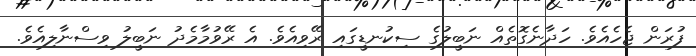
ފުރަން ޖެހެއެވެ. ހަދާނެގޮތެއް ނަބީލުގެ ސިކުނޑީގައި ރޭވިއެވެ. އެ ރޭވުމާމެދު ނަބީލު ވިސްނާލިއެވެ.